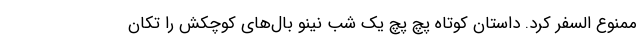
ممنوع السفر کرد. داستان کوتاه پچ پچ یک شب نینو بال‌های کوچکش را تکان